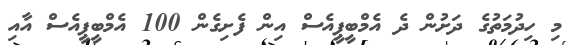
މި ހިދުމަތުގެ ދަށުން ދެ އެމްބީޕީއެސް އިން ފެށިގެން 100 އެމްބީޕީއެސް އާއި